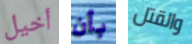
أخيل بأن والقتل